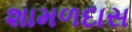
શામળદાસ